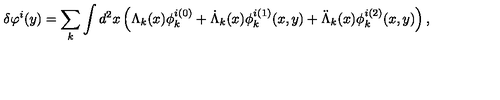
\delta \varphi ^ { i } ( y ) = \sum _ { k } \int d ^ { 2 } x \left( \Lambda _ { k } ( x ) \phi _ { k } ^ { i ( 0 ) } + \dot { \Lambda } _ { k } ( x ) \phi _ { k } ^ { i ( 1 ) } ( x , y ) + \ddot { \Lambda } _ { k } ( x ) \phi _ { k } ^ { i ( 2 ) } ( x , y ) \right) ,